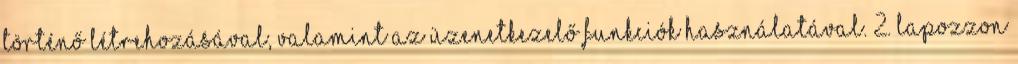
történő létrehozásával, valamint az üzenetkezelő funkciók használatával. 2. Lapozzon